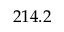
2 1 4 . 2